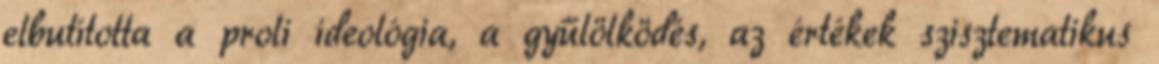
elbutította a proli ideológia, a gyűlölködés, az értékek szisztematikus